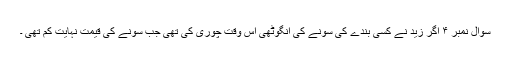
سوال نمبر ۴ اگر زید نے کسی بندے کی سونے کی انگوٹھی اس وقت چوری کی تھی جب سونے کی قیمت نہایت کم تھی ۔